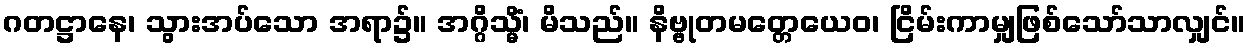
ဂတဋ္ဌာနေ၊ သွားအပ်သော အရာ၌။ အဂ္ဂိသ္မိံ၊ မိသည်။ နိဗ္ဗုတမတ္တေယေဝ၊ ငြိမ်းကာမျှဖြစ်သော်သာလျှင်။